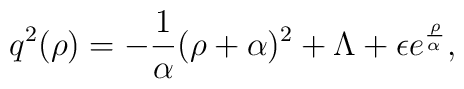
q^{2}(\rho) = - {1 \over \alpha} (\rho + \alpha)^{2} + \Lambda+ \epsilon e^{\rho \over \alpha^{}},